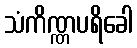
သံကိဏ္ဏပရိခေါ